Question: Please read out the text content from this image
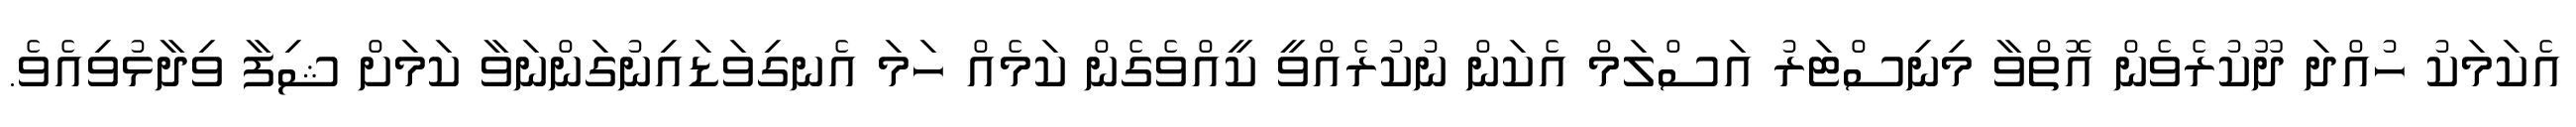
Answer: އެކަމަކު ހުއްދަ ދޫކުރެވެން އޮތްވާ މިނިސްޓަރު އަސްލަމް އެކަން ނުކުރެއްވީ ކީއްވެގެން ކަމެއް ހަމަ އެނގިވަޑައިނުގަންނަވާ ކަމަށް ޝިފާ ވިދާޅުވިއެވެ.